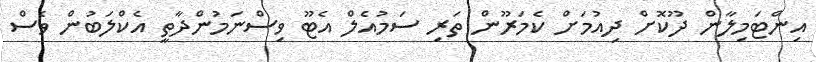
އިންޓަމިލާން ދޫކޮށް ދިއުމަށް ކެމަރޫން ތަރި ސަމުއެލް އެޓޫ ވިސްނަމުންދާތީ އެކްލަބުން ވެސް